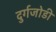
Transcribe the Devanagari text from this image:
दुर्गजोडी